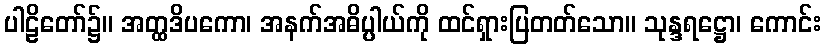
ပါဠိတော်၌။ အတ္ထဒိပကော၊ အနက်အဓိပ္ပါယ်ကို ထင်ရှားပြတတ်သော။ သုန္ဒရဋ္ဌော၊ ကောင်း